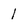
Character: 1